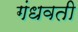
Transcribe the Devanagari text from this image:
गंधवती